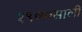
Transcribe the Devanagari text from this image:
१९७०साली